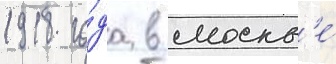
1918 го́да в москв'е́